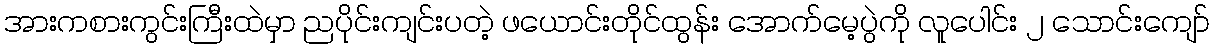
အားကစားကွင်းကြီးထဲမှာ ညပိုင်းကျင်းပတဲ့ ဖယောင်းတိုင်ထွန်း အောက်မေ့ပွဲကို လူပေါင်း ၂ သောင်းကျော်